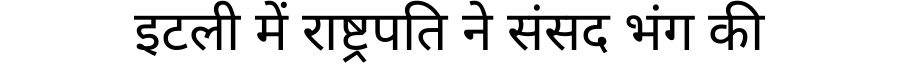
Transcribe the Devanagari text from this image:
इटली में राष्ट्रपति ने संसद भंग की